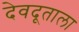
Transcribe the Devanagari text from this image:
देवदूताला